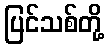
ပြင်သစ်တို့